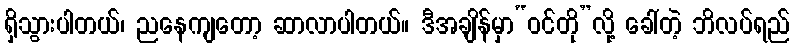
ရှိသွားပါတယ်၊ ညနေကျတော့ ဆာလာပါတယ်။ ဒီအချိန်မှာ“ဝင်တို”လို့ ခေါ်တဲ့ ဘိလပ်ရည်